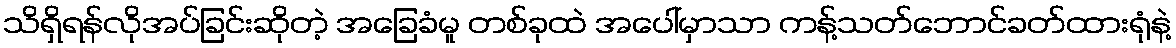
သိရှိရန်လိုအပ်ခြင်းဆိုတဲ့ အခြေခံမူ တစ်ခုထဲ အပေါ်မှာသာ ကန့်သတ်ဘောင်ခတ်ထားရုံနဲ့